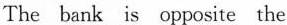
The bank is opposite the